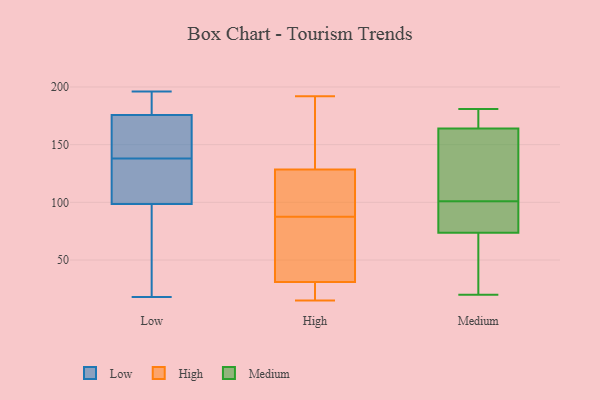
{"axis": {"x": "Operating Costs (USD K)", "y": "Value"}, "legend": ["High", "Low", "Medium"], "data": [{"x": "", "y": 160, "type": "Low"}, {"x": "", "y": 86, "type": "Low"}, {"x": "", "y": 88, "type": "Low"}, {"x": "", "y": 18, "type": "Low"}, {"x": "", "y": 102, "type": "Low"}, {"x": "", "y": 175, "type": "Low"}, {"x": "", "y": 127, "type": "Low"}, {"x": "", "y": 183, "type": "Low"}, {"x": "", "y": 129, "type": "Low"}, {"x": "", "y": 178, "type": "Low"}, {"x": "", "y": 138, "type": "Low"}, {"x": "", "y": 147, "type": "Low"}, {"x": "", "y": 196, "type": "Low"}, {"x": "", "y": 15, "type": "High"}, {"x": "", "y": 31, "type": "High"}, {"x": "", "y": 53, "type": "High"}, {"x": "", "y": 135, "type": "High"}, {"x": "", "y": 26, "type": "High"}, {"x": "", "y": 15, "type": "High"}, {"x": "", "y": 77, "type": "High"}, {"x": "", "y": 78, "type": "High"}, {"x": "", "y": 192, "type": "High"}, {"x": "", "y": 119, "type": "High"}, {"x": "", "y": 176, "type": "High"}, {"x": "", "y": 31, "type": "High"}, {"x": "", "y": 122, "type": "High"}, {"x": "", "y": 102, "type": "High"}, {"x": "", "y": 97, "type": "High"}, {"x": "", "y": 152, "type": "High"}, {"x": "", "y": 170, "type": "Medium"}, {"x": "", "y": 20, "type": "Medium"}, {"x": "", "y": 33, "type": "Medium"}, {"x": "", "y": 105, "type": "Medium"}, {"x": "", "y": 97, "type": "Medium"}, {"x": "", "y": 171, "type": "Medium"}, {"x": "", "y": 36, "type": "Medium"}, {"x": "", "y": 171, "type": "Medium"}, {"x": "", "y": 98, "type": "Medium"}, {"x": "", "y": 110, "type": "Medium"}, {"x": "", "y": 66, "type": "Medium"}, {"x": "", "y": 146, "type": "Medium"}, {"x": "", "y": 100, "type": "Medium"}, {"x": "", "y": 101, "type": "Medium"}, {"x": "", "y": 181, "type": "Medium"}]}